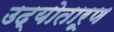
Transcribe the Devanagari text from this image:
उद्योतारूण